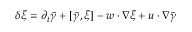
\delta \tilde { \xi } = \partial _ { t } \tilde { \gamma } + [ \tilde { \gamma } , \tilde { \xi } ] - w \cdot \nabla \tilde { \xi } + u \cdot \nabla \tilde { \gamma }